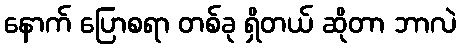
နောက် ပြောစရာ တစ်ခု ရှိတယ် ဆိုတာ ဘာလဲ